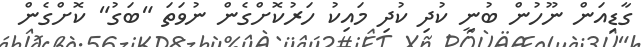
ގާޑިއަން ނޫހުން ބުނީ ކުދި ކުދި މައިކު ހަރުކޮށްގެން ނުވަތަ "ބަގު" ކޮށްގެން